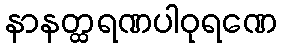
နာနတ္ထရဏပါဝုရဏေ